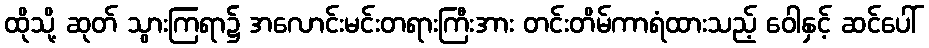
ထိုသို့ ဆုတ် သွားကြရာ၌ အလောင်းမင်းတရားကြီးအား တင်းတိမ်ကာရံထားသည့် ဝေါနှင့် ဆင်ပေါ်